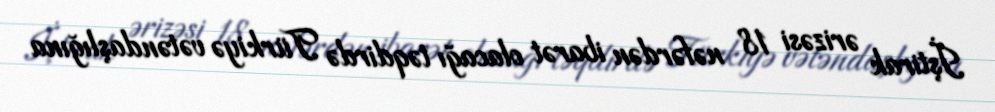
İştirak ərizəsi 18 nəfərdən ibarət olacağı təqdirdə Türkiyə vətəndaşlığına